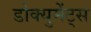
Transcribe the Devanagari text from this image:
डोक्युमेंट्स